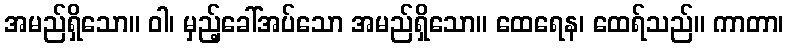
အမည်ရှိသော။ ဝါ၊ မှည့်ခေါ်အပ်သော အမည်ရှိသော။ ထေရေန၊ ထေရ်သည်။ ကာတာ၊